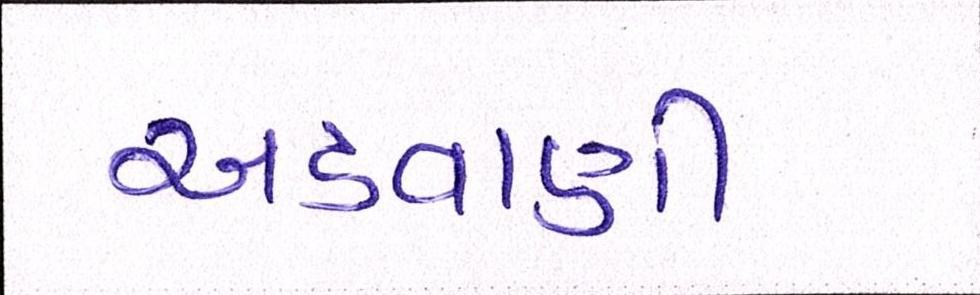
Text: અડવાણી